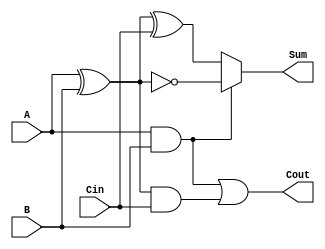
module ConditionalSumFullAdder (
    input wire A,     // First significant bit
    input wire B,     // Second significant bit
    input wire Cin,   // Carry input
    output wire Sum,  // Resulting sum
    output wire Cout  // Resulting carry output
);

    // Intermediate signals for carry generation
    wire C1; // Carry generated by A and B
    wire C2; // Carry generated by (A XOR B) and Cin
    wire SumWithoutCarry; // Sum when C1 is false

    // Carry generation logic
    assign C1 = A & B;                    // C1 = A AND B
    assign C2 = (A ^ B) & Cin;            // C2 = (A XOR B) AND Cin
    assign Cout = C1 | C2;                // Cout = C1 OR C2

    // Sum calculation logic
    assign SumWithoutCarry = A ^ B;      // Sum without carry consideration
    assign Sum = (C1) ? ~SumWithoutCarry : (SumWithoutCarry ^ Cin); // Conditional sum output

endmodule